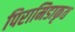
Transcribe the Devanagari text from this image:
पिरामिडाकृत